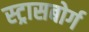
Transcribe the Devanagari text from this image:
स्ट्रासबोर्ग